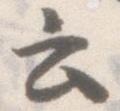
云